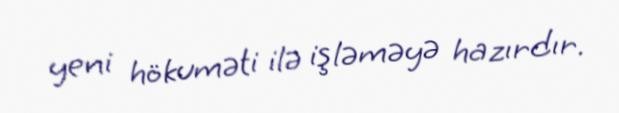
yeni hökuməti ilə işləməyə hazırdır.